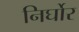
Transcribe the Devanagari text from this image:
निर्घोर